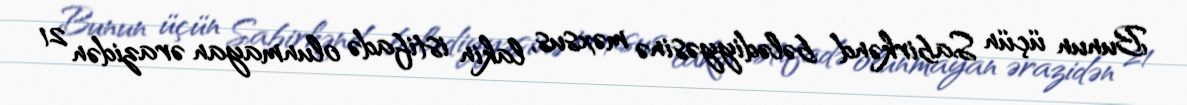
Bunun üçün Sabirkənd bələdiyyəsinə məxsus, lakin istifadə olunmayan ərazidən 21